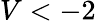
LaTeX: V<-2